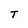
Character: T